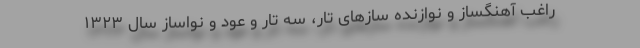
راغب آهنگساز و نوازنده سازهای تار، سه تار و عود و نواساز سال ۱۳۲۳